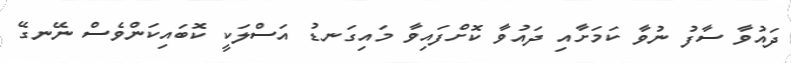
ދައުވާ ސާފު ނުވާ ކަމަށާއި ދައުވާ ކޮށްފައިވާ މައިގަނޑު އަސްލަކީ ކޮބައިކަންވެސް ނޭނގޭ